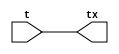
module tt_prim_tbuf_pol (
	input  wire t,
	output wire tx
);

	assign tx = t;

endmodule